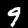
Digit: 9